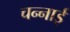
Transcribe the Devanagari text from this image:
चन्नाई